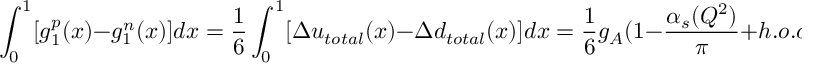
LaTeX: \int _ { 0 } ^ { 1 } [ g _ { 1 } ^ { p } ( x ) - g _ { 1 } ^ { n } ( x ) ] d x = \frac { 1 } { 6 } \int _ { 0 } ^ { 1 } [ \Delta u _ { t o t a l } ( x ) - \Delta d _ { t o t a l } ( x ) ] d x = \frac { 1 } { 6 } g _ { A } ( 1 - \frac { \alpha _ { s } ( Q ^ { 2 } ) } { \pi } + h . o . c . ) ,